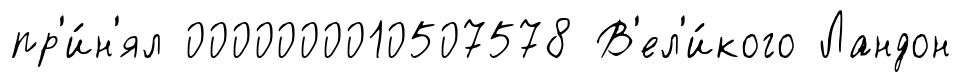
пр'и́н'ял 0000000010507578 В'ел'и́кого Ландон